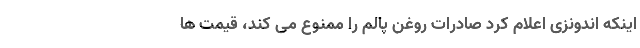
اینکه اندونزی اعلام کرد صادرات روغن پالم را ممنوع می کند، قیمت ها